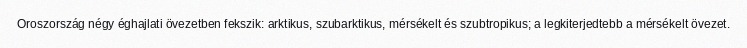
Oroszország négy éghajlati övezetben fekszik: arktikus, szubarktikus, mérsékelt és szubtropikus; a legkiterjedtebb a mérsékelt övezet.